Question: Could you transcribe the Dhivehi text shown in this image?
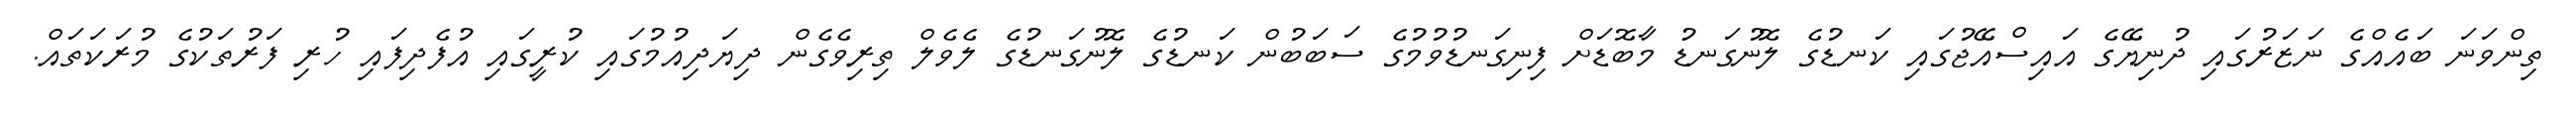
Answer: ތިންވަނަ ބައެއްގެ ނަޒަރުގައި ދުނިޔޭގެ އައިސްއޭޖުގައި ކަނޑުގެ ލޮނުގަނޑު މާބޮޑަށް ފިނިގަނޑުވުމުގެ ސަބަބުން ކަނޑުގެ ލޮނުގަނޑުގެ ލެވެލް ތިރިވެގެން ދިޔަދިއުމުގައި ކުރީގައި އުފެދިފައި ހުރި ފަރުތަކުގެ މުރަކަތައް.